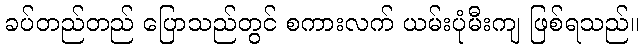
ခပ်တည်တည် ပြောသည်တွင် စကားလက် ယမ်းပုံမီးကျ ဖြစ်ရသည်။